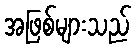
အဖြစ်များသည်